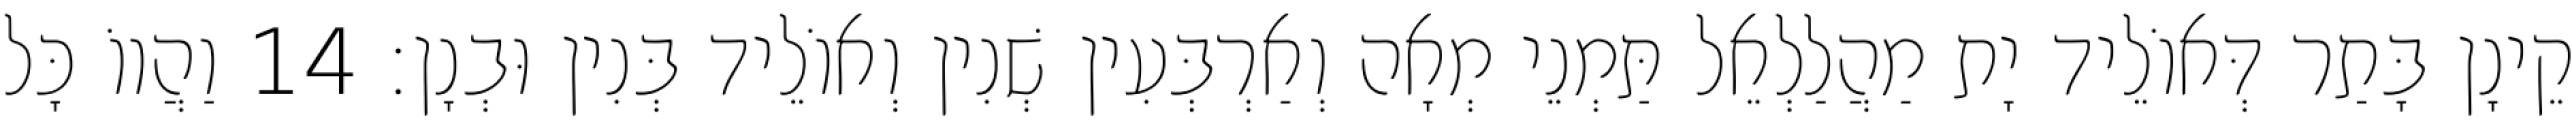
קֵינָן בָּתַר דְּאוֹלֵיד יָת מַהֲלַלְאֵל תַּמְנֵי מְאָה וְאַרְבְּעִין שְׁנִין וְאוֹלֵיד בְּנִין וּבְנָן׃ 14 וַהֲווֹ כָּל